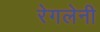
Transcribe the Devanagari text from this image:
रेगलेनी